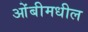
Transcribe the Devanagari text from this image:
ओंबीमधील